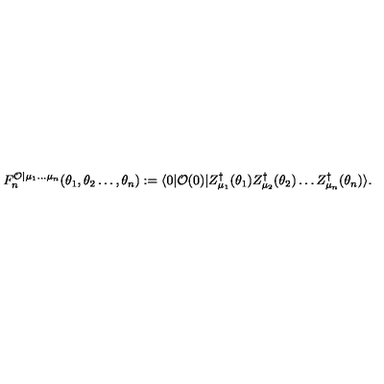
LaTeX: F _ { n } ^ { \mathcal { O } | \mu _ { 1 } \ldots \mu _ { n } } ( \theta _ { 1 } , \theta _ { 2 } \ldots , \theta _ { n } ) : = \langle 0 | \mathcal { O } ( 0 ) | Z _ { \mu _ { 1 } } ^ { \dagger } ( \theta _ { 1 } ) Z _ { \mu _ { 2 } } ^ { \dagger } ( \theta _ { 2 } ) \ldots Z _ { \mu _ { n } } ^ { \dagger } ( \theta _ { n } ) \rangle .